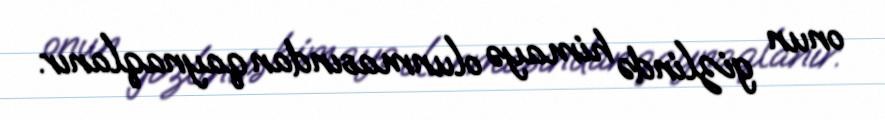
onun gizlində himayə olunmasından qaynaqlanır.